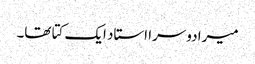
میرا دوسرا استاد ایک کتا تھا۔